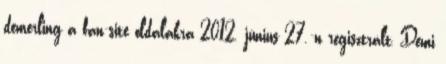
demerling a fan-site oldalakra 2012. június 27.-n regisztrált, Demi